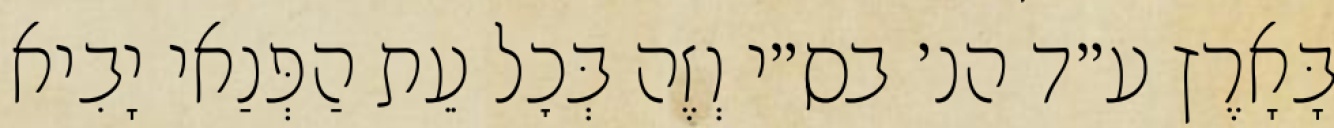
בָּאָרֶץ ע״ד הנ׳ בס״י וְזֶה בְּכׇל עֵת הַפְּנַאי יָבִיא